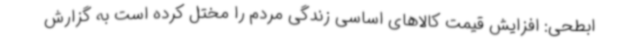
ابطحی: افزایش قیمت کالاهای اساسی زندگی مردم را مختل کرده است به گزارش